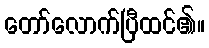
တော်လောက်ပြီထင်၏။